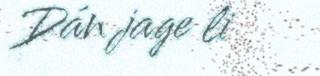
Dán jage li